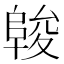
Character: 𱀖